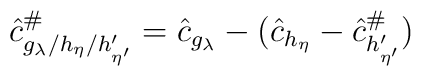
\hat{c}^\#_{g_\lambda/h_\eta/h^\prime_{\eta^\prime}} = \hat{c}_{g_\lambda} - (\hat{c}_{h_\eta}-\hat{c}^\#_{h^\prime_{\eta^\prime}})